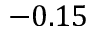
- 0 . 1 5